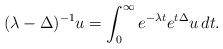
LaTeX: \begin{align*}(\lambda - \Delta)^{-1} u= \int_0^\infty e^{-\lambda t} e^{t\Delta}u\, dt.\end{align*}